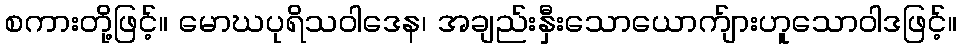
စကားတို့ဖြင့်။ မောဃပုရိသဝါဒေန၊ အချည်းနှီးသောယောက်ျားဟူသောဝါဒဖြင့်။